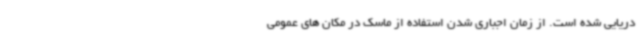
دریایی شده است. از زمان اجباری شدن استفاده از ماسک در مکان های عمومی